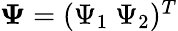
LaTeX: \begin{array}{r}{{\mathbf\Psi}=({\Psi_{1}}\ {\Psi_{2}})^{T}}\end{array}